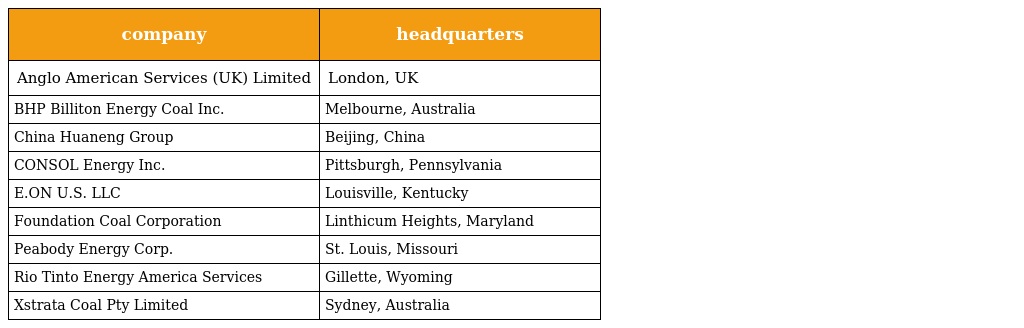
| company | headquarters |
 | --- | --- |
 | Anglo American Services (UK) Limited | London, UK |
 | BHP Billiton Energy Coal Inc. | Melbourne, Australia |
 | China Huaneng Group | Beijing, China |
 | CONSOL Energy Inc. | Pittsburgh, Pennsylvania |
 | E.ON U.S. LLC | Louisville, Kentucky |
 | Foundation Coal Corporation | Linthicum Heights, Maryland |
 | Peabody Energy Corp. | St. Louis, Missouri |
 | Rio Tinto Energy America Services | Gillette, Wyoming |
 | Xstrata Coal Pty Limited | Sydney, Australia |